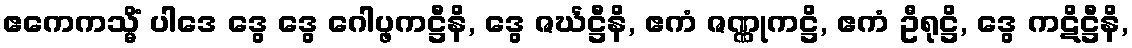
ဧကေကသ္မိံ ပါဒေ ဒွေ ဒွေ ဂေါပ္ဖကဋ္ဌီနိ, ဒွေ ဇင်္ဃဋ္ဌီနိ, ဧကံ ဇဏ္ဏုကဋ္ဌိ, ဧကံ ဦရုဋ္ဌိ, ဒွေ ကဋိဋ္ဌီနိ,